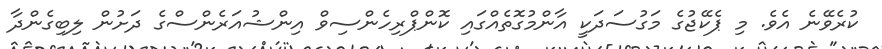
ކުރެވޭނެ އެވެ. މި ޕެކޭޖުގެ މަގުސަދަކީ އާންމުގޮތެއްގައި ކޮންޕްރިހެންސިވް އިންޝުއަރެންސްގެ ދަށުން ލިބިގެންދާ